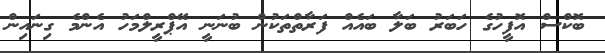
ބޮކްސް އޮފީހުގެ ހަބަރު ބަލާ ބައެއް ފަރާތްތަކުން ބުނަނީ އޭޕްރީލްމަހު އެންމެ ގިނައިން